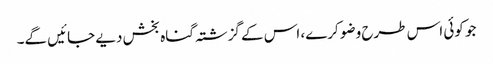
جو کوئی اس طرح وضو کرے، اس کے گزشتہ گناہ بخش دیے جائیں گے۔